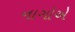
નાગોએ